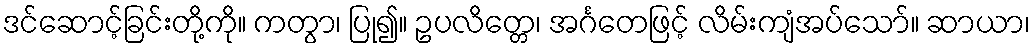
ဒင်ဆောင့်ခြင်းတို့ကို။ ကတွာ၊ ပြု၍။ ဥပလိတ္တေ၊ အင်္ဂတေဖြင့် လိမ်းကျံအပ်သော်။ ဆာယာ၊